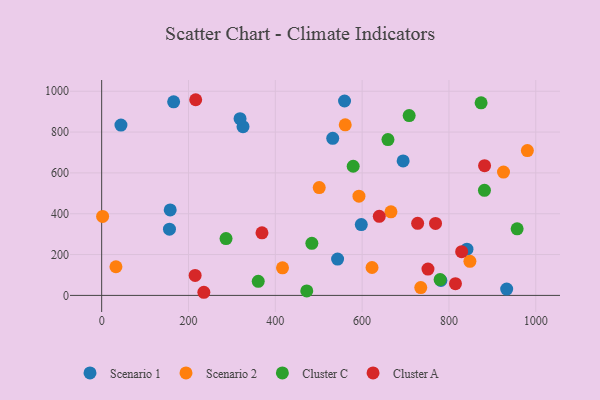
{"axis": {"x": "Price", "y": "Exam Score"}, "legend": ["Cluster A", "Cluster C", "Scenario 1", "Scenario 2"], "data": [{"x": "157.9", "y": 418.4, "type": "Scenario 1"}, {"x": "694.5", "y": 658.5, "type": "Scenario 1"}, {"x": "559.5", "y": 952.0, "type": "Scenario 1"}, {"x": "325.6", "y": 826.3, "type": "Scenario 1"}, {"x": "781.5", "y": 73.0, "type": "Scenario 1"}, {"x": "532.3", "y": 769.5, "type": "Scenario 1"}, {"x": "841.5", "y": 226.6, "type": "Scenario 1"}, {"x": "543.5", "y": 177.9, "type": "Scenario 1"}, {"x": "933.0", "y": 30.9, "type": "Scenario 1"}, {"x": "156.2", "y": 324.3, "type": "Scenario 1"}, {"x": "165.8", "y": 948.0, "type": "Scenario 1"}, {"x": "44.4", "y": 834.0, "type": "Scenario 1"}, {"x": "598.1", "y": 346.8, "type": "Scenario 1"}, {"x": "318.8", "y": 865.3, "type": "Scenario 1"}, {"x": "592.7", "y": 485.8, "type": "Scenario 2"}, {"x": "2.2", "y": 387.0, "type": "Scenario 2"}, {"x": "980.7", "y": 709.1, "type": "Scenario 2"}, {"x": "735.1", "y": 38.3, "type": "Scenario 2"}, {"x": "416.6", "y": 135.2, "type": "Scenario 2"}, {"x": "32.9", "y": 140.4, "type": "Scenario 2"}, {"x": "622.8", "y": 136.7, "type": "Scenario 2"}, {"x": "666.4", "y": 409.1, "type": "Scenario 2"}, {"x": "501.2", "y": 527.9, "type": "Scenario 2"}, {"x": "925.7", "y": 604.0, "type": "Scenario 2"}, {"x": "848.3", "y": 167.1, "type": "Scenario 2"}, {"x": "561.1", "y": 835.6, "type": "Scenario 2"}, {"x": "779.7", "y": 77.5, "type": "Cluster C"}, {"x": "659.5", "y": 763.1, "type": "Cluster C"}, {"x": "708.4", "y": 880.6, "type": "Cluster C"}, {"x": "360.7", "y": 69.1, "type": "Cluster C"}, {"x": "286.5", "y": 278.3, "type": "Cluster C"}, {"x": "881.8", "y": 514.4, "type": "Cluster C"}, {"x": "957.1", "y": 325.8, "type": "Cluster C"}, {"x": "484.2", "y": 255.1, "type": "Cluster C"}, {"x": "874.1", "y": 942.9, "type": "Cluster C"}, {"x": "472.5", "y": 21.7, "type": "Cluster C"}, {"x": "579.4", "y": 632.4, "type": "Cluster C"}, {"x": "639.5", "y": 387.4, "type": "Cluster A"}, {"x": "369.3", "y": 306.6, "type": "Cluster A"}, {"x": "751.7", "y": 128.8, "type": "Cluster A"}, {"x": "829.3", "y": 214.2, "type": "Cluster A"}, {"x": "815.0", "y": 57.3, "type": "Cluster A"}, {"x": "727.9", "y": 352.9, "type": "Cluster A"}, {"x": "769.1", "y": 352.6, "type": "Cluster A"}, {"x": "215.3", "y": 97.6, "type": "Cluster A"}, {"x": "882.1", "y": 635.2, "type": "Cluster A"}, {"x": "235.4", "y": 15.3, "type": "Cluster A"}, {"x": "216.6", "y": 958.3, "type": "Cluster A"}]}